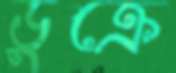
ডুক্‌রে